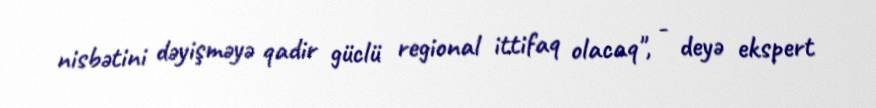
nisbətini dəyişməyə qadir güclü regional ittifaq olacaq", - deyə ekspert